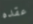
عقده